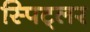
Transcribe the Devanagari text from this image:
स्पिट्लर